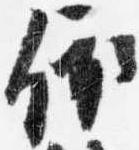
依